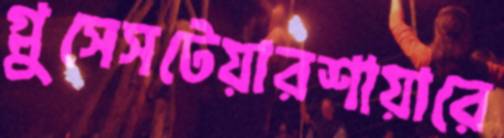
গ্লুসেসটেয়ারশায়ারে